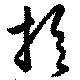
於